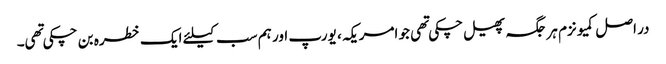
در اصل کمیونزم ہر جگہ پھیل چکی تهی جو امریکہ ، یورپ اور ہم سب کیلئے ایک خطره بن چکی تهی۔